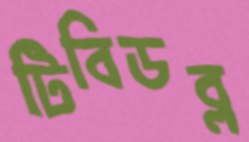
টিবিডব্ল